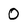
Character: O